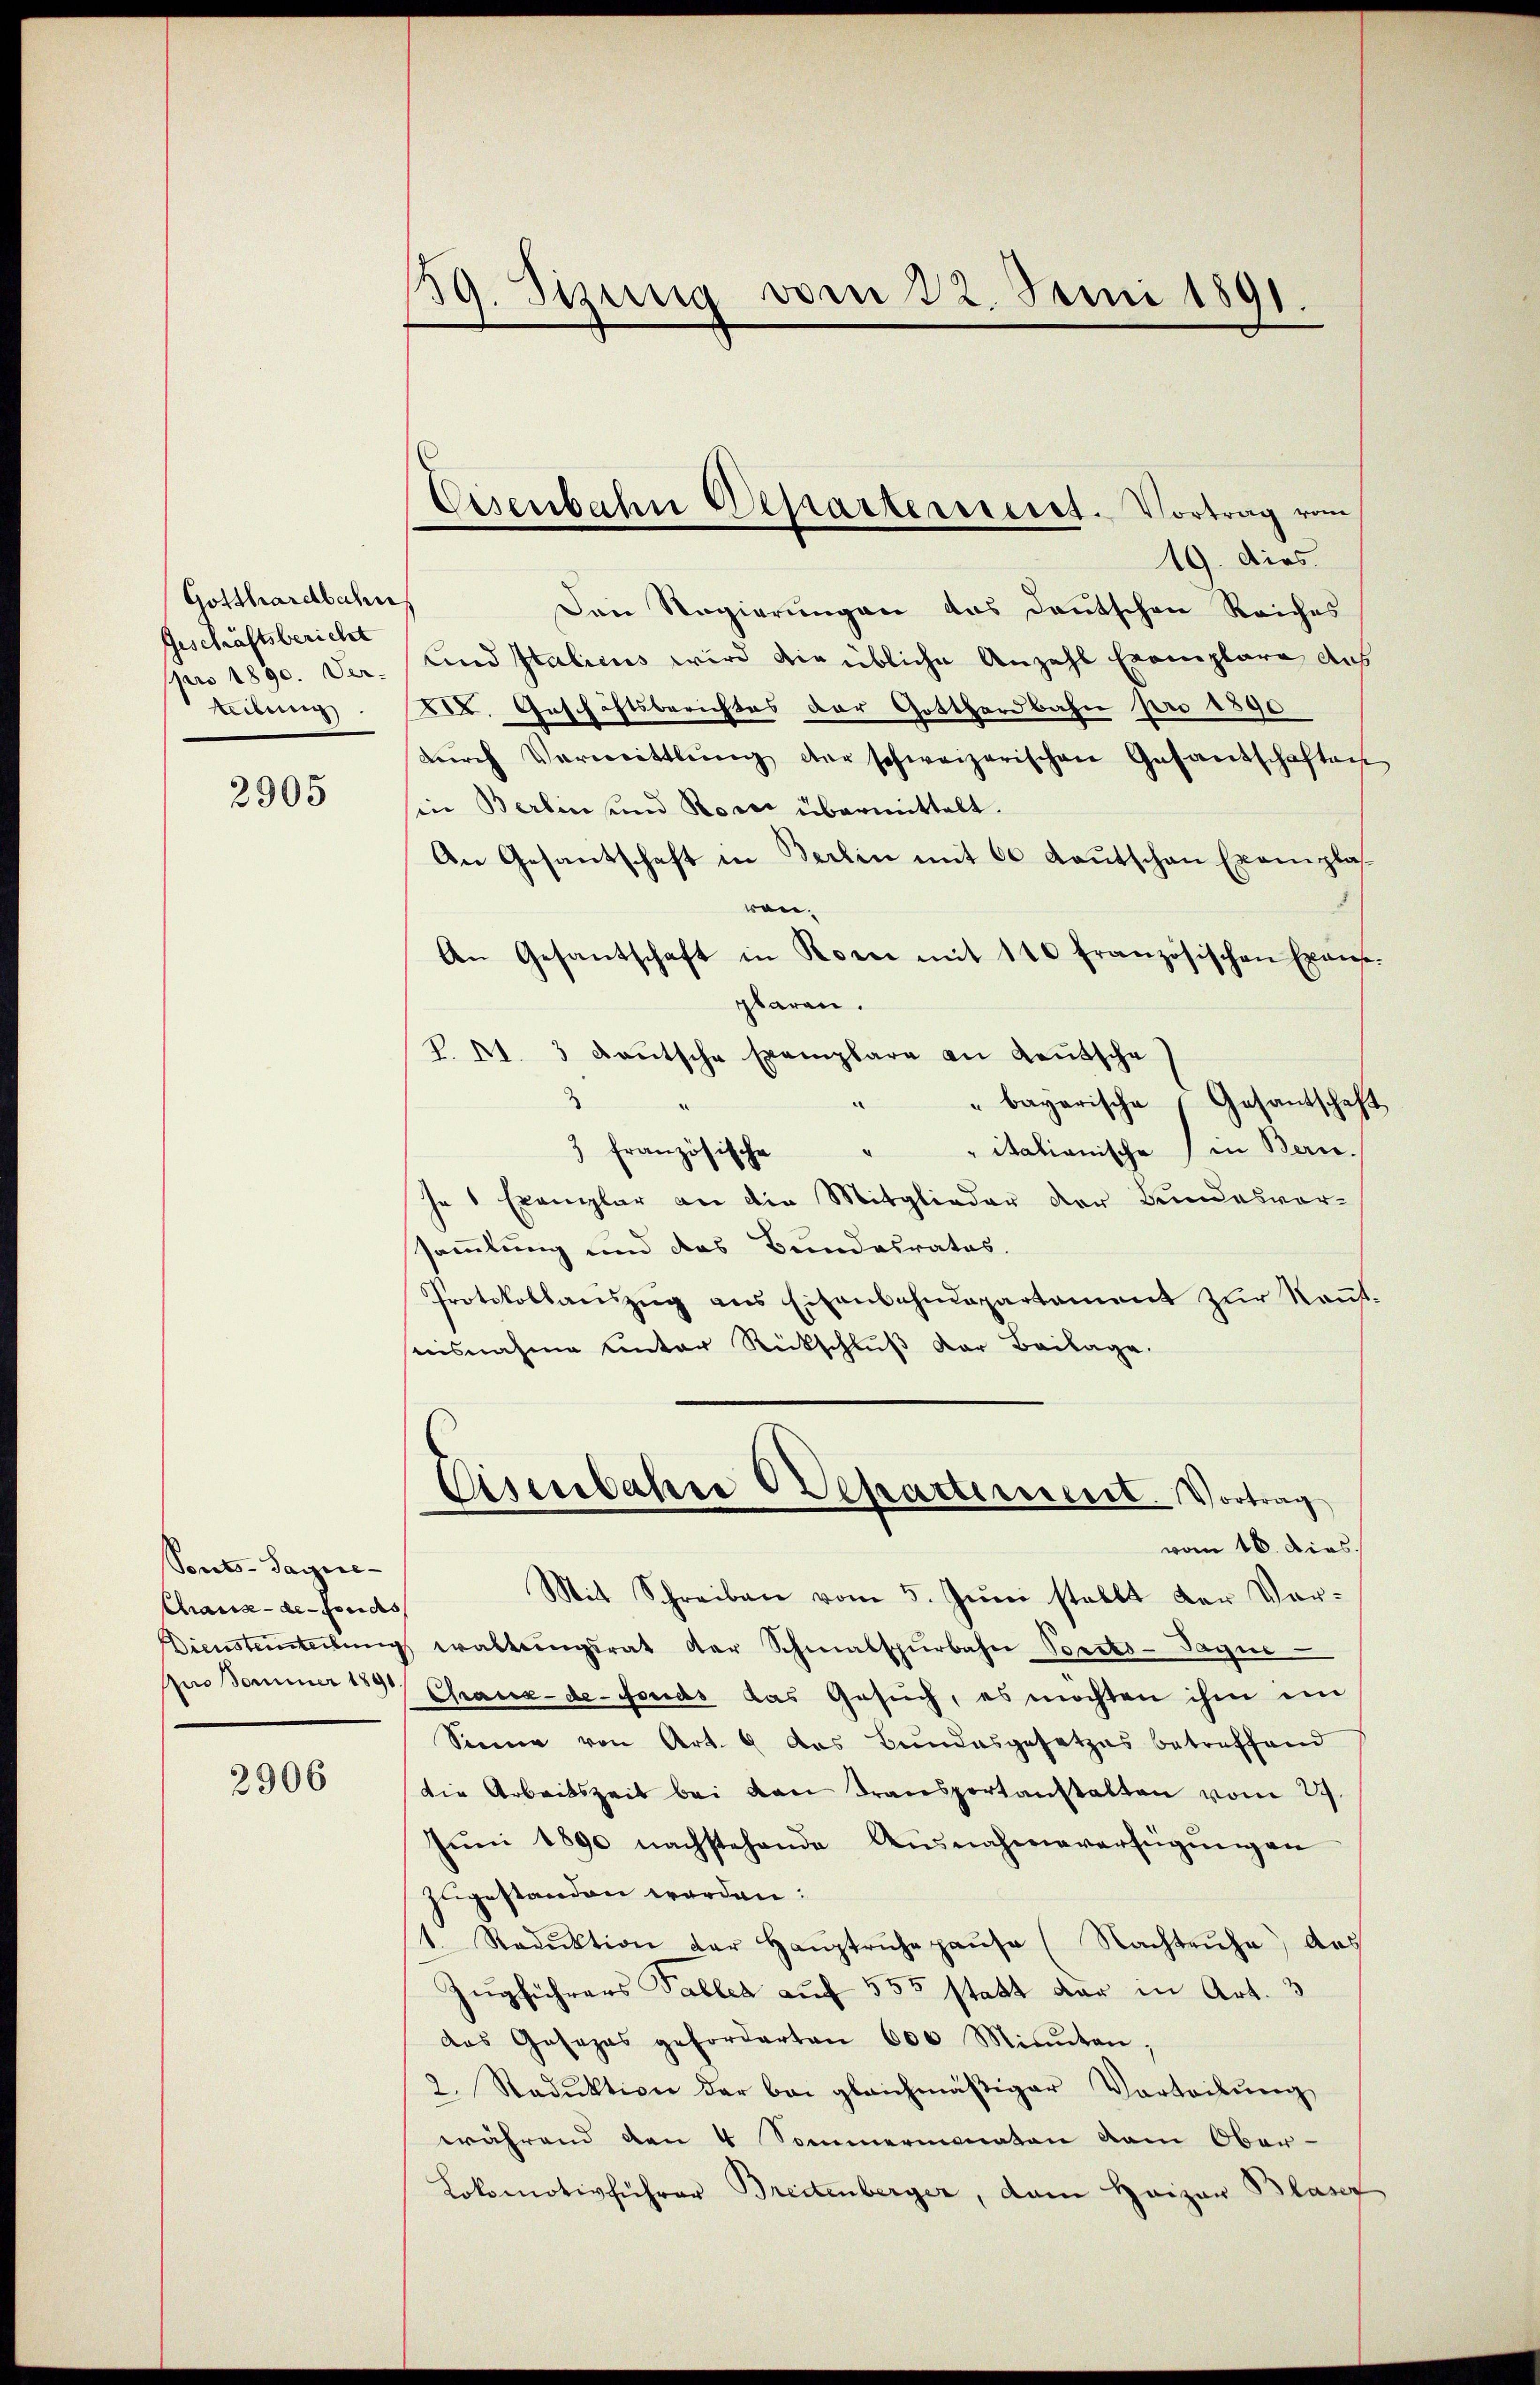
Gotthardbahn
Geschäftsbericht
pro 1890. Ver-
teilung

2905

Ponts-Sagne¬
Chaux-de-Fonds

2906

39. Jung vom 22. Juni 1891.

Eisenbahn Departereseret. Vortrag vom

19. dies
Den Regierungen das Deutschen Reiches
und Italicus wird die übliche Anzahl Exemplare des
VII. Geschäftsberichtes der Gotthardbahn pro 1890
dŭrch Vermittlung der schweizerischen Gesandschaften
sii Berlin und Roser übermittelt.
An Gesantschaft in Berlin mit 60 Kautschen Exemplas
ron.
An Gesantschaft in Rome mit 110 französischen Exans-
gbaren.
P. Nr. 3 deutsche Exemplare an Gautsche
" bayerische Gesantschaft
"itationische in Bern.
3 französische
je 1 Exemplar an die Mitglieder der Bundesvor-
sammlung und das Bundesrates.
Protokollauszug aus Eisenbahndepartament zur Kant.
nisnahme Unter Rückschluß der Beilage.

Cisenbahre Departerreist. Vortrag
vom 16. dies

Mit Schreiben vom 5. Juni stellt der Vor¬
Diensteinteilŭng waltungsrat der Schmalspürbahne Vorsts-Tagne
gus Sommer 183/ Chaux-de-Fonds das Gesuch, es möchten ihm im
Sinne von Art. 9 das Bundesgesetzes betreffend
Die Arbeitszeit bei von Fransportanstalten vom 29.
Juni 1890 nachstehende Ausnahmeverfügungen
zugestanden werden:
1. Reduktion der Haŭptrŭhehaŭse (Nachtruhe, das
Zugführers Tables auf 555 statt dar in Art. 3
das Gesezes geforderten 600 Minuten,
2. Staduktion der bei gleichmäßiger Vortribung
während den 4 Sommermonaten vom Ober-
Lokomotivführer Breitenberger, dem Heizer Blaser